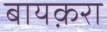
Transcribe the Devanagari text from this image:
बायक़रा